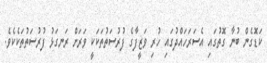
ކަޑޮގެން ބުނާ ގޮތުގައި އެސަރަހައްދުގައި ހުރި ވަޒީފާގެ ފުރުސަތުތަކަކީ ވަރަށް ރަނގަޅު ފުރުސަތުތަކެކެވެ.